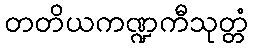
တတိယကဏ္ဍကီသုတ္တံ